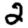
Digit: 2